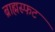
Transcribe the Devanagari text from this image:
ब्राह्मस्फट